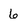
Character: 6